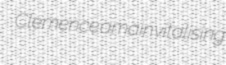
Clemence amain vitalising